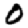
Digit: 0